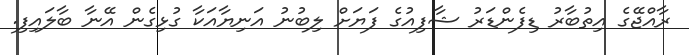
ރާއްޖޭގެ އިތުބާރު ޑިފެންޑަރު ޝާފިއުގެ ފަޔަށް ލިބުނު އަނިޔާއަކާ ގުޅިގެން އޭނާ ބާލައިފި.